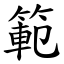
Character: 範